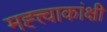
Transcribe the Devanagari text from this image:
मह्त्त्वाकांक्षी